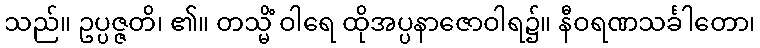
သည်။ ဥပ္ပဇ္ဇတိ၊ ၏။ တသ္မိံ ဝါရေ ထိုအပ္ပနာဇောဝါရ၌။ နီဝရဏသင်္ခါတော၊